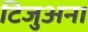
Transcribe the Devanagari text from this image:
टिजुअना